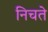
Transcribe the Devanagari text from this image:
निचते